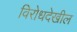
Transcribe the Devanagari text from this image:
विरोधदेखील